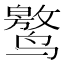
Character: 𱊯